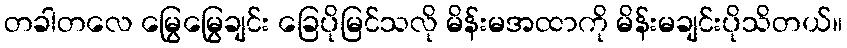
တခါတလေ မြွေမြွေချင်း ခြေပိုမြင်သလို မိန်းမအထာကို မိန်းမချင်းပိုသိတယ်။